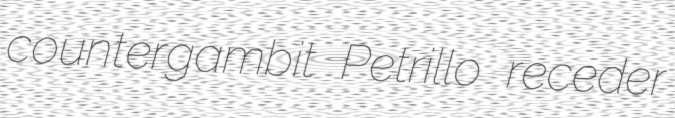
countergambit Petrillo receder